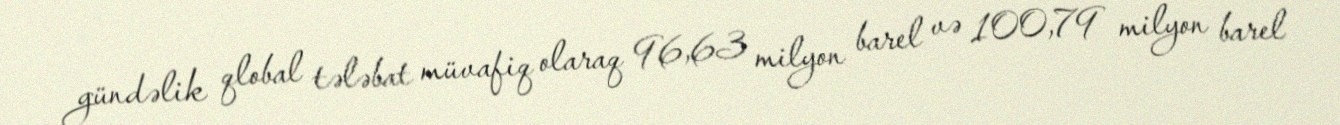
gündəlik qlobal tələbat müvafiq olaraq 96,63 milyon barel və 100,79 milyon barel